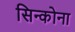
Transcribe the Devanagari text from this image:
सिन्कोना